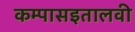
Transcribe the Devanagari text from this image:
कम्पासइतालवी